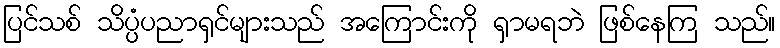
ပြင်သစ် သိပ္ပံပညာရှင်များသည် အကြောင်းကို ရှာမရဘဲ ဖြစ်နေကြ သည်။